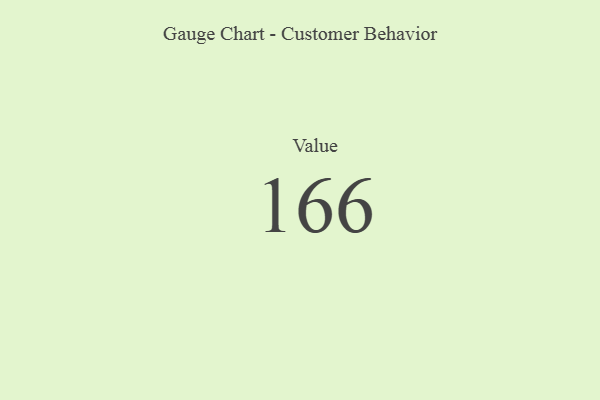
{"axis": {"x": "Metric", "y": "Value"}, "legend": [""], "data": [{"x": "Value", "y": 166, "type": ""}]}